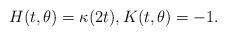
LaTeX: \begin{align*}H(t,\theta)=\kappa(2t),K(t,\theta)=-1.\end{align*}